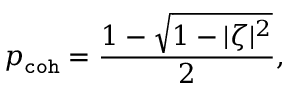
p _ { \mathtt { c o h } } = \frac { 1 - \sqrt { 1 - | \zeta | ^ { 2 } } } { 2 } ,